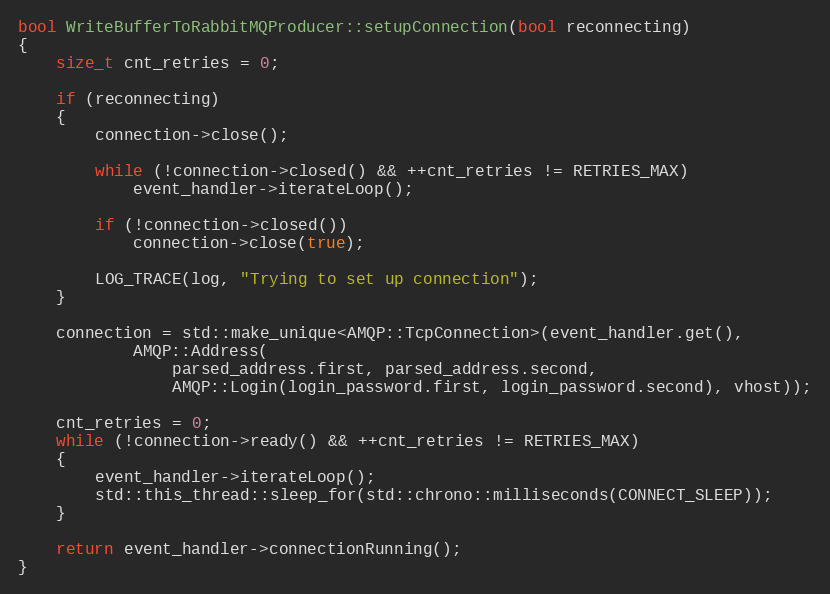
Language: C++
bool WriteBufferToRabbitMQProducer::setupConnection(bool reconnecting)
{
    size_t cnt_retries = 0;

    if (reconnecting)
    {
        connection->close();

        while (!connection->closed() && ++cnt_retries != RETRIES_MAX)
            event_handler->iterateLoop();

        if (!connection->closed())
            connection->close(true);

        LOG_TRACE(log, "Trying to set up connection");
    }

    connection = std::make_unique<AMQP::TcpConnection>(event_handler.get(),
            AMQP::Address(
                parsed_address.first, parsed_address.second,
                AMQP::Login(login_password.first, login_password.second), vhost));

    cnt_retries = 0;
    while (!connection->ready() && ++cnt_retries != RETRIES_MAX)
    {
        event_handler->iterateLoop();
        std::this_thread::sleep_for(std::chrono::milliseconds(CONNECT_SLEEP));
    }

    return event_handler->connectionRunning();
}